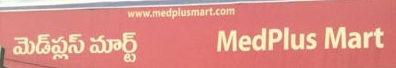
Language: telugu
Transcription: మార్ట్